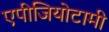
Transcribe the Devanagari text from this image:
एपीजियोटामी